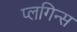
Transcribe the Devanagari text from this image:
प्लगिन्स